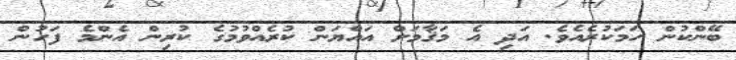
ބޭންކުން ހަމަކުރެއެވެ. އަދި އެ މަޤާމަށް އައްޔަން ކުރެއްވުމުގެ ކުރިން އެންމެ ފަހުން